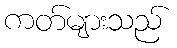
ကတ်များသည်